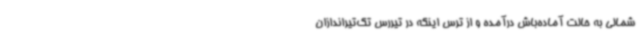
شمالی به حالت آماده‌باش درآمده و از ترس اینکه در تیررس تک‌تیراندازان